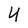
Character: Y